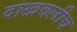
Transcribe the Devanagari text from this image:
दाखवलीच